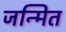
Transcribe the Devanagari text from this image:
जन्मित